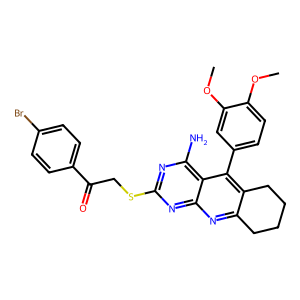
SMILES: COc1ccc(-c2c3c(nc4nc(SCC(=O)c5ccc(Br)cc5)nc(N)c24)CCCC3)cc1OC
Inhibits HIV replication: No